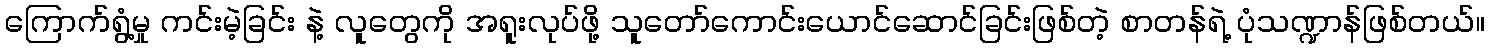
ကြောက်ရွံ့မှု ကင်းမဲ့ခြင်း နဲ့ လူတွေကို အရူးလုပ်ဖို့ သူတော်ကောင်းယောင်ဆောင်ခြင်းဖြစ်တဲ့ စာတန်ရဲ့ ပုံသဏ္ဍာန်ဖြစ်တယ်။